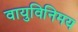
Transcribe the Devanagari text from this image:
वायुविनिमय